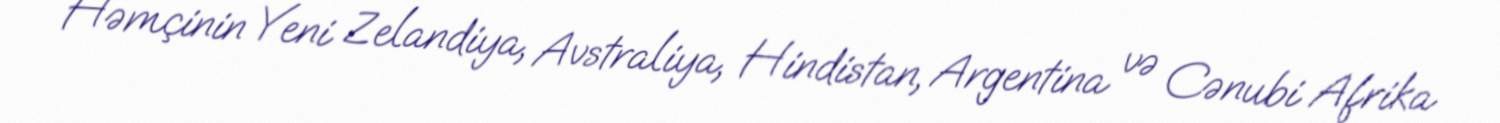
Həmçinin Yeni Zelandiya, Avstraliya, Hindistan, Argentina və Cənubi Afrika